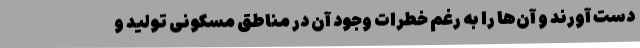
دست آورند و آن‌ها را به رغم خطرات وجود آن در مناطق مسکونی تولید و